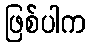
ဖြစ်ပါက